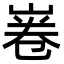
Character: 㟡